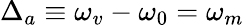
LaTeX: \Delta_{a}\equiv\omega_{v}-\omega_{0}=\omega_{m}